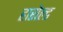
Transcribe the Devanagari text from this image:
हारोल्ड